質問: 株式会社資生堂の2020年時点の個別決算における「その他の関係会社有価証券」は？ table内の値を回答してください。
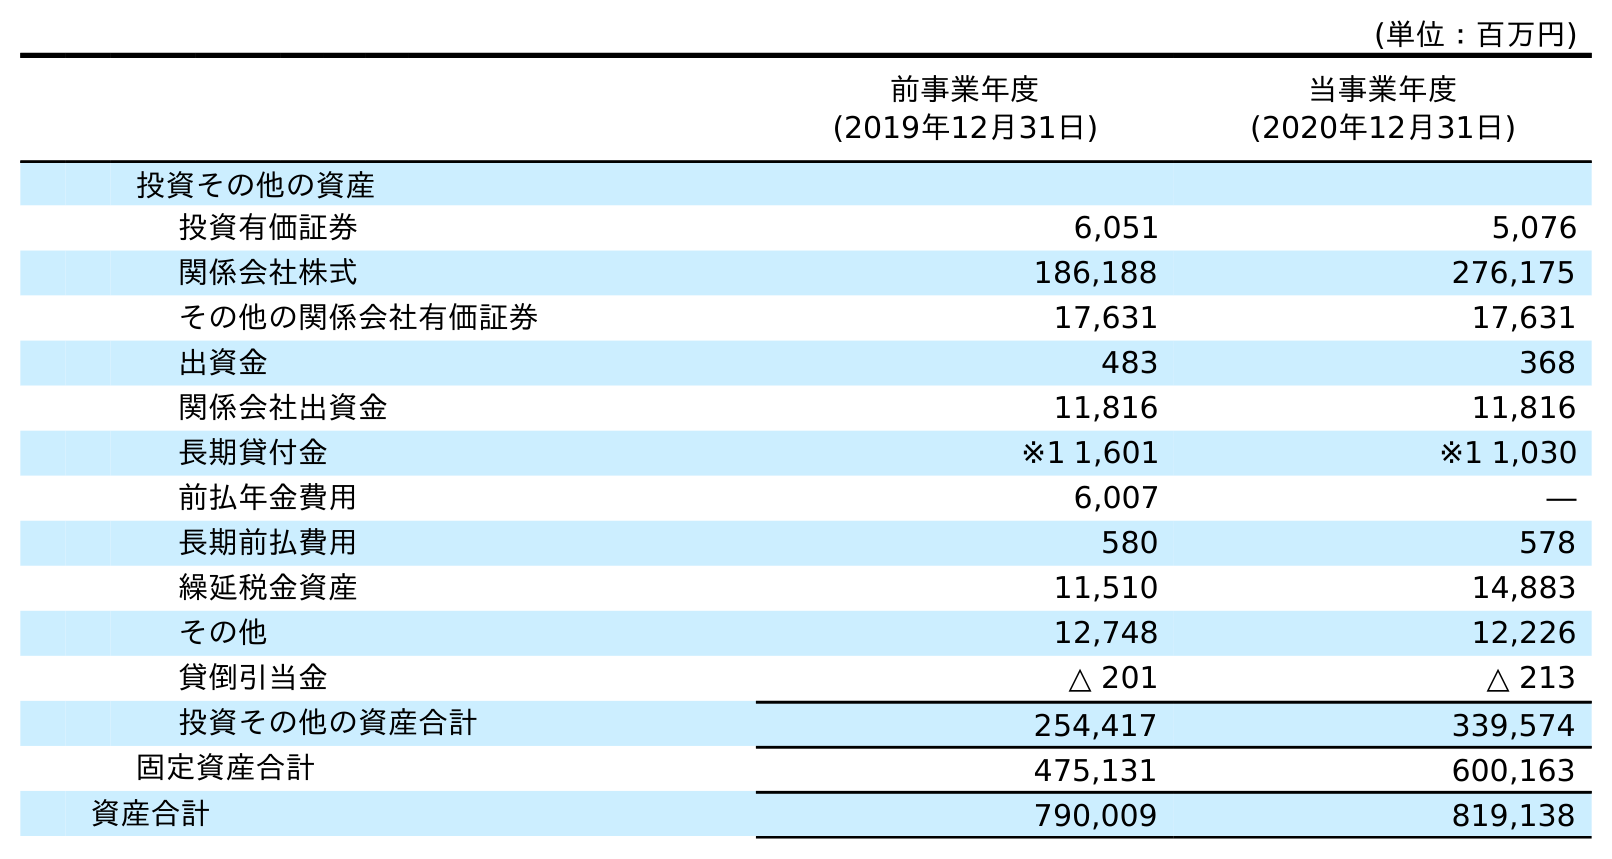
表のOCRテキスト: (単位：百万円) 前事業年度 (2019年12月31日) 当事業年度 (2020年12月31日) 投資その他の資産 投資有価証券 6,051 5,076 関係会社株式 186,188 276,175 その他の関係会社有価証券 17,631 17,631 出資金 483 368 関係会社出資金 11,816 11,816 長期貸付金 ※1 1,601 ※1 1,030 前払年金費用 6,007 ― 長期前払費用 580 578 繰延税金資産 11,510 14,883 その他 12,748 12,226 貸倒引当金 △ 201 △ 213 投資その他の資産合計 254,417 339,574 固定資産合計 475,131 600,163 資産合計 790,009 819,138
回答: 17,631